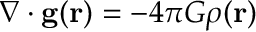
\nabla \cdot \mathbf { g } ( \mathbf { r } ) = - 4 \pi G \rho ( \mathbf { r } )